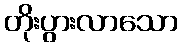
တိုးပွားလာသော